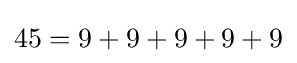
45=9+9+9+9+9